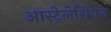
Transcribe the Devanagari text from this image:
आस्ट्रेलेशियन